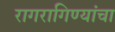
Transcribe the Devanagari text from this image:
रागरागिण्यांचा